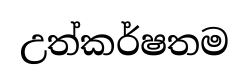
උත්කර්ෂතම